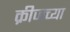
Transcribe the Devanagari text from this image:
क्रीजच्या